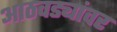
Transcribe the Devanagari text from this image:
आठवड्यांवर